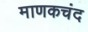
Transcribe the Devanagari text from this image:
माणकचंद